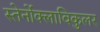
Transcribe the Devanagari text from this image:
स्तेर्नोक्लाविकुलर